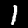
Label: 1